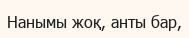
Нанымы жоқ, анты бар,